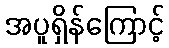
အပူရှိန်ကြောင့်